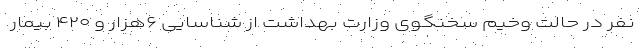
نفر در حالت وخیم سخنگوی وزارت بهداشت از شناسایی ۶هزار و ۴۲۰ بیمار